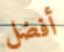
أفضل